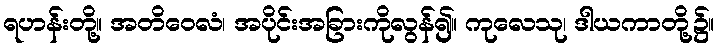
ရဟန်းတို့။ အတိဝေလံ၊ အပိုင်းအခြားကိုလွန်၍။ ကုလေသု၊ ဒါယကာတို့၌။